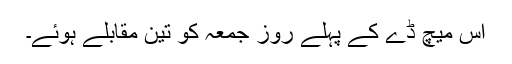
اس میچ ڈے کے پہلے روز جمعہ کو تین مقابلے ہوئے۔